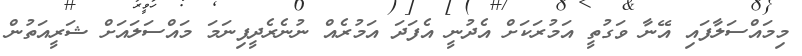
މިމައްސަލާފައި އޭނާ ވަގުތީ އަމުރަކަށް އެދުނީ އެފަދަ އަމުރެއް ނުނެރެދީފިނަމަ މައްސަލައަށް ޝަރީއަތުން